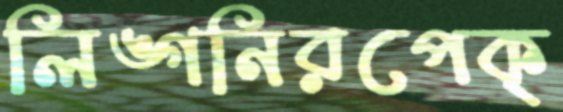
লিঙ্গনিরপেক্